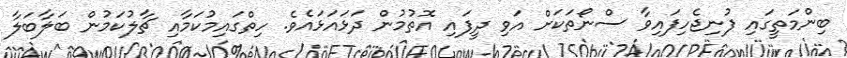
ބިންމަތީގައި ފުނިޖެހިފައިވާ ސްނޯތަކަށް އަވި ދީފައި އޮތުމުން ދަޅައަޅައެވެ. ހިތްގައިމުކަމާއި ޗާލުކަމުން ބަލާބަލާ